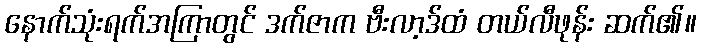
နောက်သုံးရက်အကြာတွင် ဒက်ဇာက ဗီးလာ့ဒ်ထံ တယ်လီဖုန်း ဆက်၏။